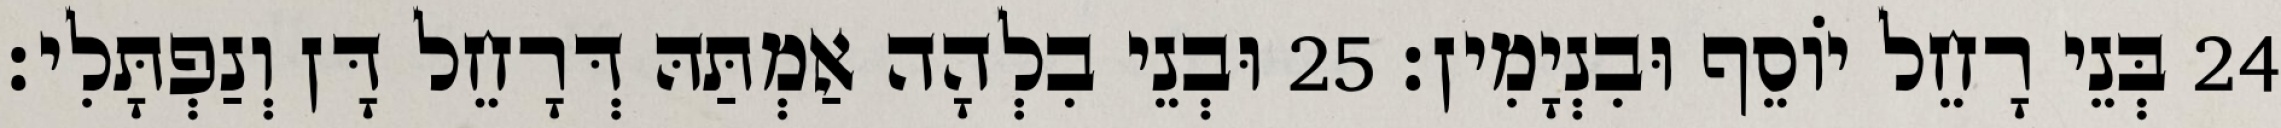
24 בְּנֵי רָחֵל יוֹסֵף וּבִנְיָמִין׃ 25 וּבְנֵי בִלְהָה אַמְתַּהּ דְּרָחֵל דָּן וְנַפְתָּלִי׃